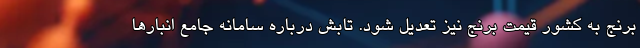
برنج به کشور قیمت برنج نیز تعدیل شود. تابش درباره سامانه جامع انبار‌ها